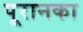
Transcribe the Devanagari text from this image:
पूरानका